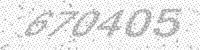
Solution: 670405